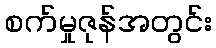
စက်မှုဇုန်အတွင်း